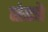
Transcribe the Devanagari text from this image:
छंटते